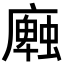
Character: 𢋜